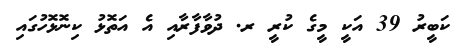
ކަބީރު 39 އަކީ މީގެ ކުރީ ރ. ދުވާފާރާއި އެ އަތޮޅު ކިނޮޅޮހުގައި